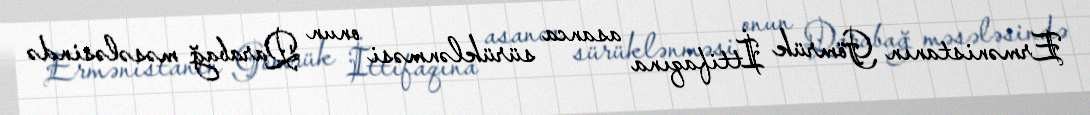
Ermənistanın Gömrük İttifaqına asanca sürüklənməsi onun Qarabağ məsələsində